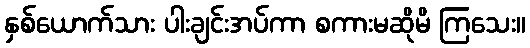
နှစ်ယောက်သား ပါးချင်းအပ်ကာ စကားမဆိုမိ ကြသေး။